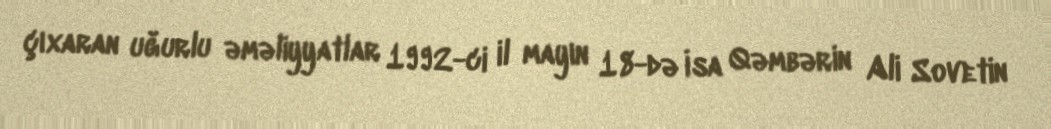
çıxaran uğurlu əməliyyatlar 1992-ci il mayın 18-də İsa Qəmbərin Ali Sovetin